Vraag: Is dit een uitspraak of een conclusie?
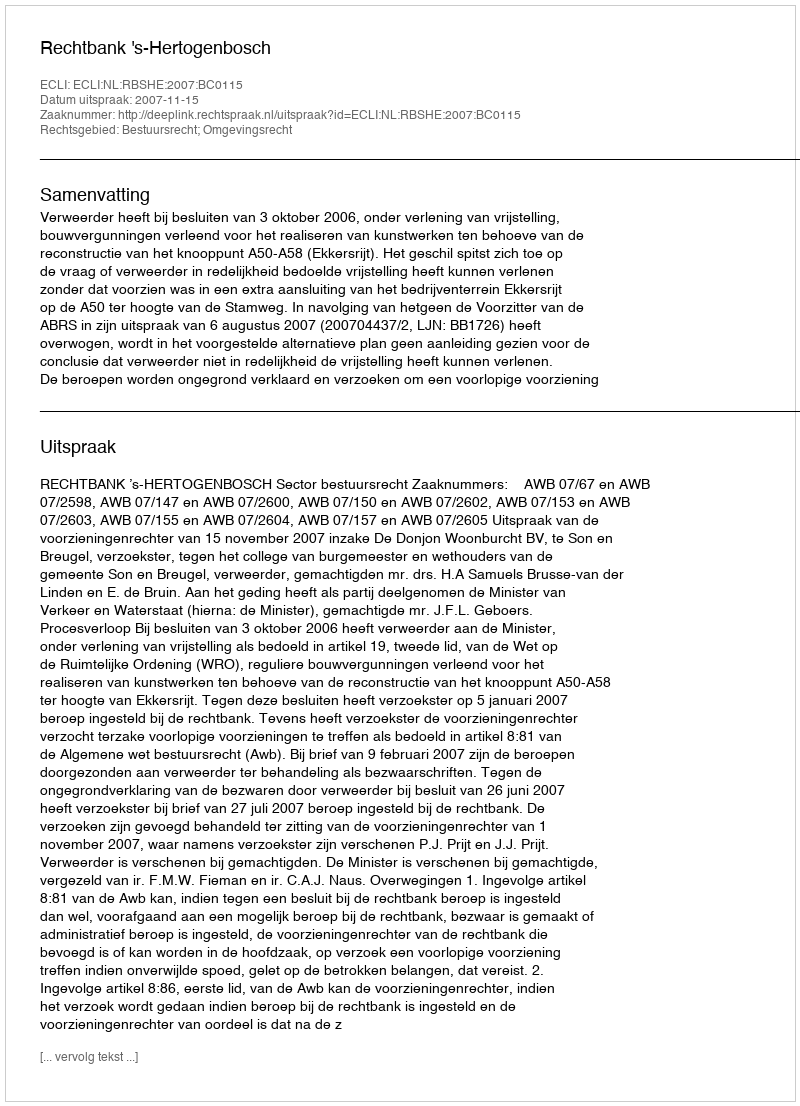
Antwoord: Uitspraak